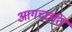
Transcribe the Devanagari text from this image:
आगच्छंति